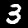
Digit: 3